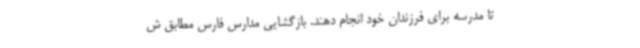
تا مدرسه برای فرزندان خود انجام دهند. بازگشایی مدارس فارس مطابق ش